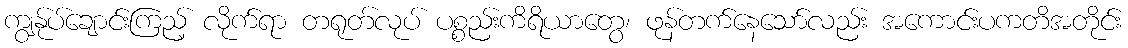
ကျွန်ုပ်ချောင်းကြည့် လိုက်ရာ တရုတ်လုပ် ပစ္စည်းကိရိယာတွေ၊ ဖုန်တက်နေသော်လည်း အကောင်းပကတိအတိုင်း